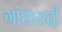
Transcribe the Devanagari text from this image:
गांधारादी